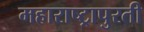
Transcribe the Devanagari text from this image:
महाराष्ट्रापुरती